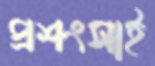
প্রশংসাই